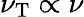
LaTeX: \nu_{\mathrm{T}}\propto\nu